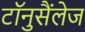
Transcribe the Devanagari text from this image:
टॉनुसैंलेज